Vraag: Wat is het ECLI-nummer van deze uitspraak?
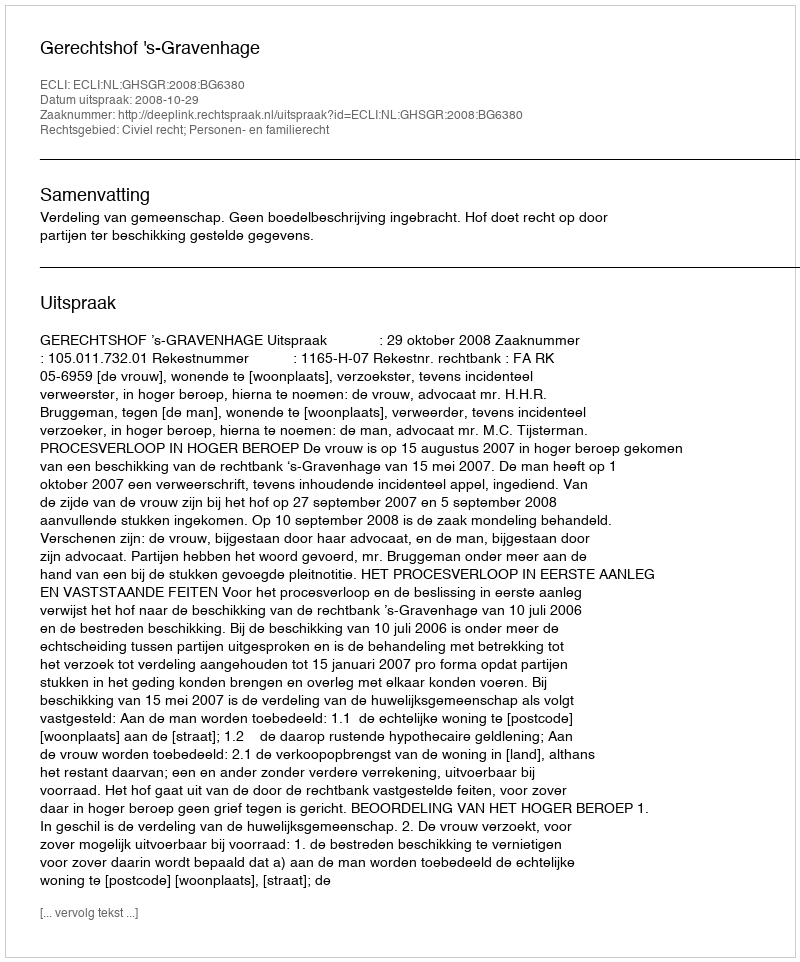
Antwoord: ECLI:NL:GHSGR:2008:BG6380